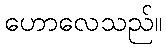
ဟောလေသည်။